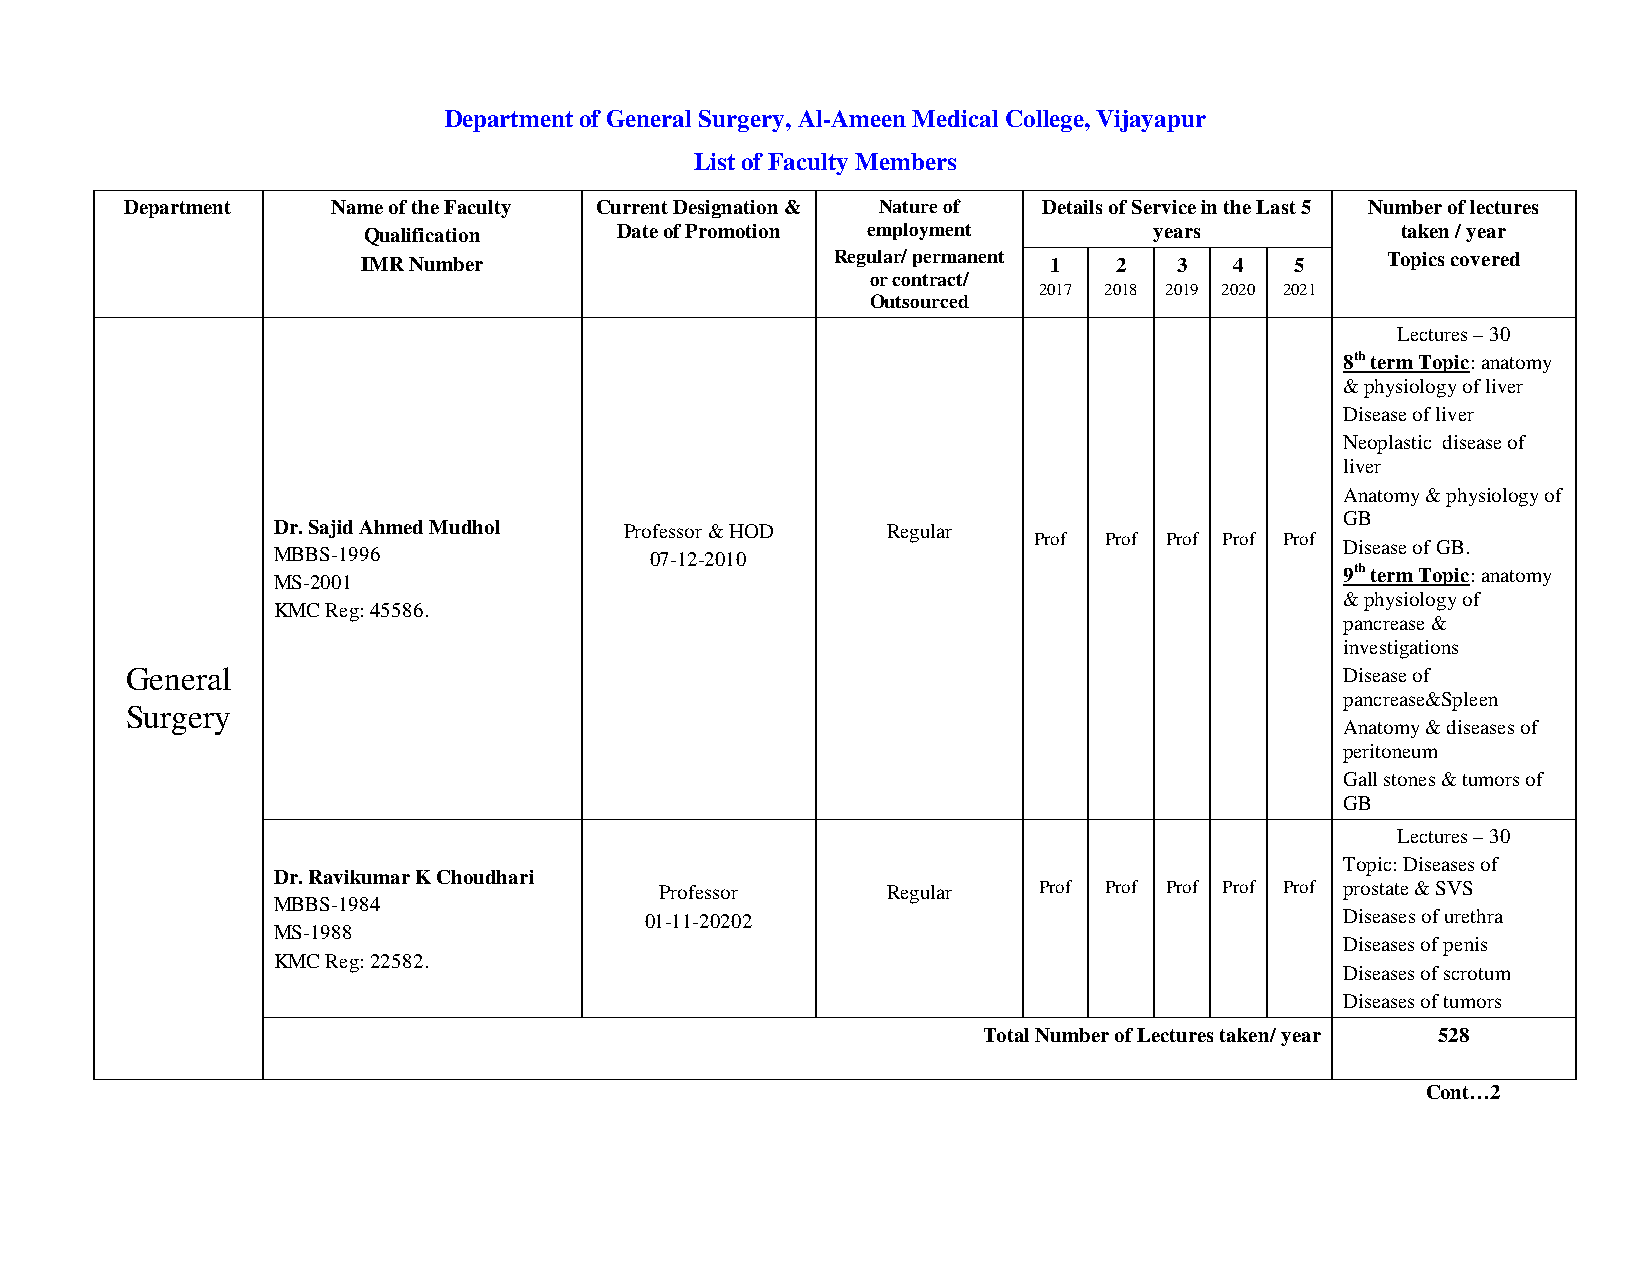
Department of General Surgery, Al-Ameen Medical College, Vijayapur
 List of Faculty Members
 Department    Name of the Faculty Current Designation & Nature of Details of Service in the Last 5 Number of lectures
 Qualification    Date of Promotion employment       years            taken / year
 IMR Number                     Regular/ permanent 1 2 3   4   5     Topics covered
 or contract/
 2017 2018 2019 2020 2021
 Outsourced
 Lectures – 30
 8th term Topic: anatomy
 & physiology of liver
 Disease of liver
 Neoplastic disease of
 liver
 Anatomy & physiology of
 GB
 Dr. Sajid Ahmed Mudhol Professor & HOD   Regular
 Prof Prof Prof Prof Prof
 Disease of GB.
 MBBS-1996                07-12-2010
 9th term Topic: anatomy
 MS-2001
 & physiology of
 KMC Reg: 45586.
 pancrease &
 investigations
 General                                                                          Disease of
 pancrease&Spleen
 Surgery
 Anatomy & diseases of
 peritoneum
 Gall stones & tumors of
 GB
 Lectures – 30
 Topic: Diseases of
 Dr. Ravikumar K Choudhari
 Professor      Regular   Prof Prof Prof Prof Prof prostate & SVS
 MBBS-1984
 01-11-20202                                   Diseases of urethra
 MS-1988
 Diseases of penis
 KMC Reg: 22582.
 Diseases of scrotum
 Diseases of tumors
 Total Number of Lectures taken/ year 528
 Cont…2